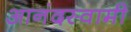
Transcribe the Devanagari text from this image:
आनंदस्वामी